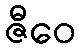
ဇီဝေ